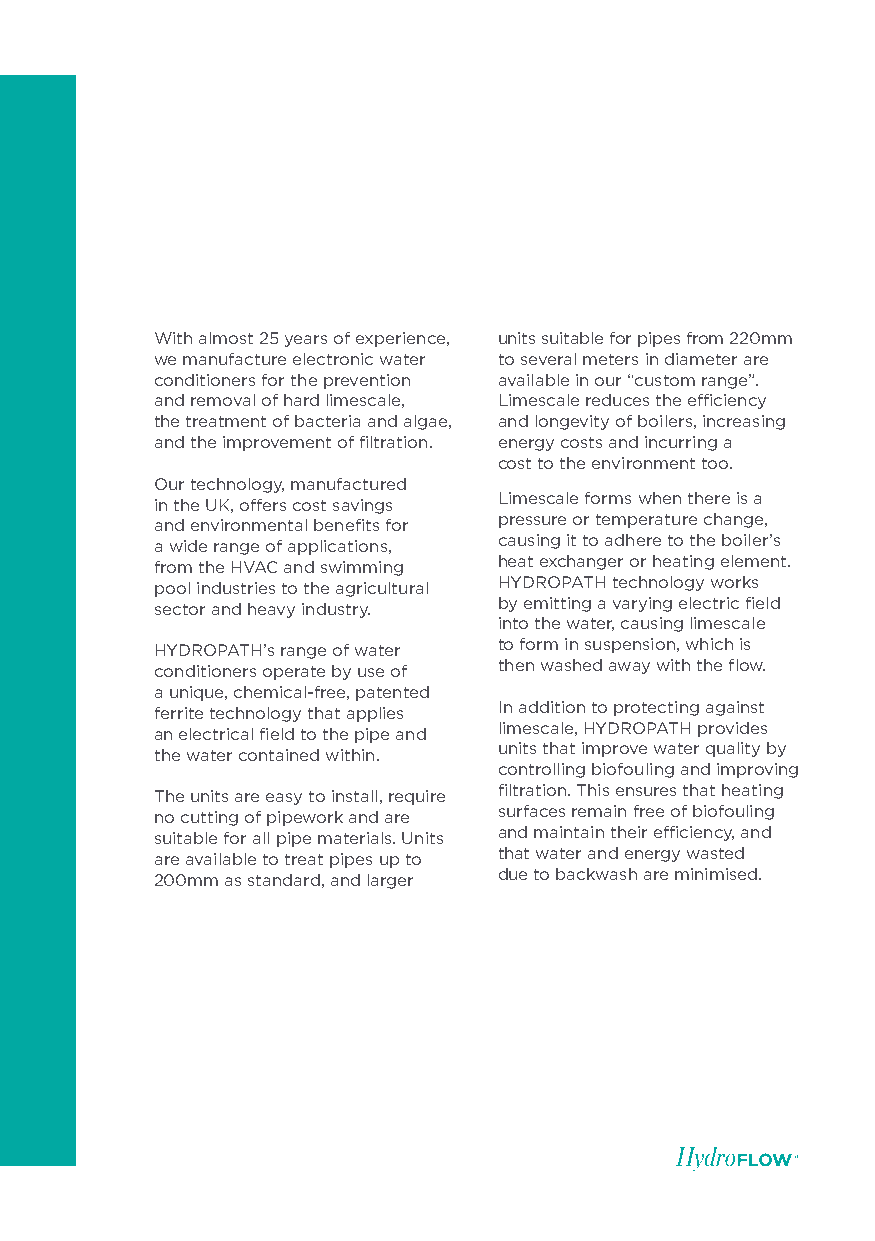
With almost 25 years of experience, units suitable for pipes from 220mm
 we manufacture electronic water to several meters in diameter are
 conditioners for the prevention available in our “custom range”.
 and removal of hard limescale, Limescale reduces the efficiency
 the treatment of bacteria and algae, and longevity of boilers, increasing
 and the improvement of filtration. energy costs and incurring a
 cost to the environment too.
 Our technology, manufactured
 in the UK, offers cost savings Limescale forms when there is a
 and environmental benefits for pressure or temperature change,
 a wide range of applications, causing it to adhere to the boiler’s
 from the HVAC and swimming heat exchanger or heating element.
 pool industries to the agricultural HYDROPATH technology works
 sector and heavy industry. by emitting a varying electric field
 into the water, causing limescale
 HYDROPATH’s range of water to form in suspension, which is
 conditioners operate by use of then washed away with the flow.
 a unique, chemical-free, patented
 ferrite technology that applies In addition to protecting against
 an electrical field to the pipe and limescale, HYDROPATH provides
 the water contained within. units that improve water quality by
 controlling biofouling and improving
 The units are easy to install, require filtration. This ensures that heating
 no cutting of pipework and are surfaces remain free of biofouling
 suitable for all pipe materials. Units and maintain their efficiency, and
 are available to treat pipes up to that water and energy wasted
 200mm as standard, and larger due to backwash are minimised.